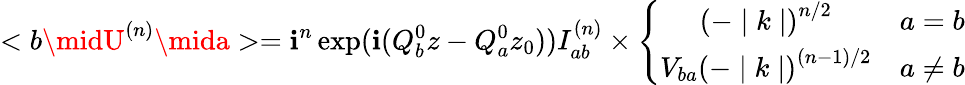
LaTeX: <b\midU^{(n)}\mida>=\mathbf{i}^{n}\exp(\mathbf{i}(Q_{b}^{0}z-Q_{a}^{0}z_{0}))I_{ab}^{(n)}\times\left\{ \begin{array}{cc}{{\left(-\mid k\mid\right)^{n/2}}}&{{a=b}}\\ {{V_{ba}\left(-\mid k\mid\right)^{(n-1)/2}}}&{{a\not=b}}\end{array}\right.